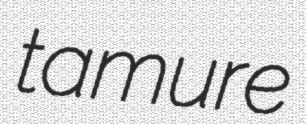
tamure